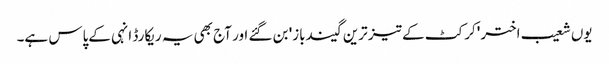
یوں شعیب اختر 'کرکٹ کے تیز ترین گیندباز' بن گئے اور آج بھی یہ ریکارڈ انہی کےپاس ہے۔